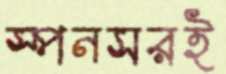
স্পনসরই